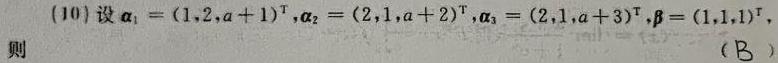
(10) 设 $\boldsymbol{\alpha}_{1}=(1,2,a + 1)^{\mathrm{T}},\boldsymbol{\alpha}_{2}=(2,1,a + 2)^{\mathrm{T}},\boldsymbol{\alpha}_{3}=(2,1,a + 3)^{\mathrm{T}},\boldsymbol{\beta}=(1,1,1)^{\mathrm{T}}$, 则 （B）